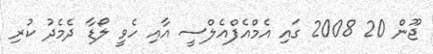
ޖޫން 20 2008 ގައި އެމްއެފްއެލްސީ އާއި ހެވީ ލޯޑާ ދެމެދު ކުރި